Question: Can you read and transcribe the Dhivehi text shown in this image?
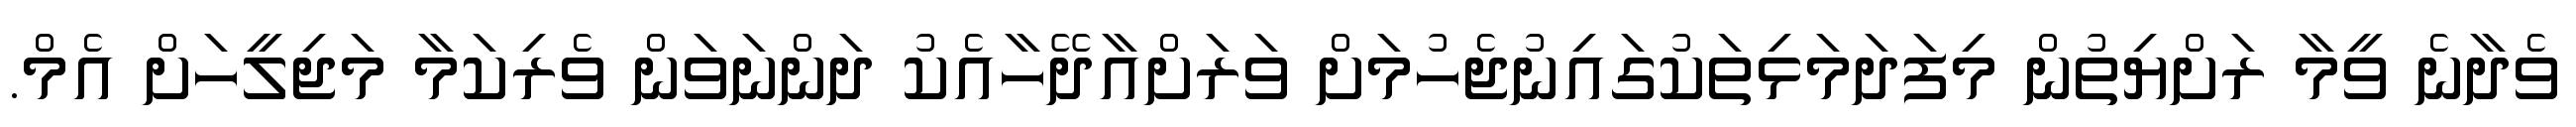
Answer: ވެދާނެ ވީމާ ރަށްޔިތުން މިފަދަމަޅިތަކުގައިނުޖެހުމަށް ވަރަށްއާދޭހާއެކު ދަންނަވަން ވެރިކަމާ މަޖިލީހަށް އެމް.